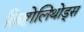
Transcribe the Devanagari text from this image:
क्रिष्टोलिथोड्स